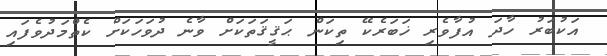
އަކުބަރު ހާދަ އުފާވެރި ޚަބަރެކޭ ތިކަން ޙަޤީޤަތަކަށް ވާނެ ދުވަހަކަށް ކެތްމަދުވެފައި